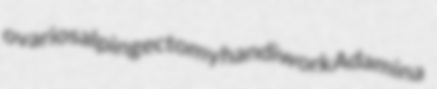
ovariosalpingectomy handiwork Adamina